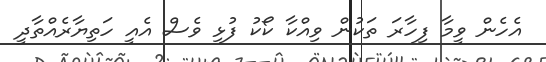
އެހެން ވީމާ ފިހާރަ ތަކުން ވިއްކާ ކޯކު ފުޅި ވެސް އެއީ ހަތިޔާރެއްތާދީ